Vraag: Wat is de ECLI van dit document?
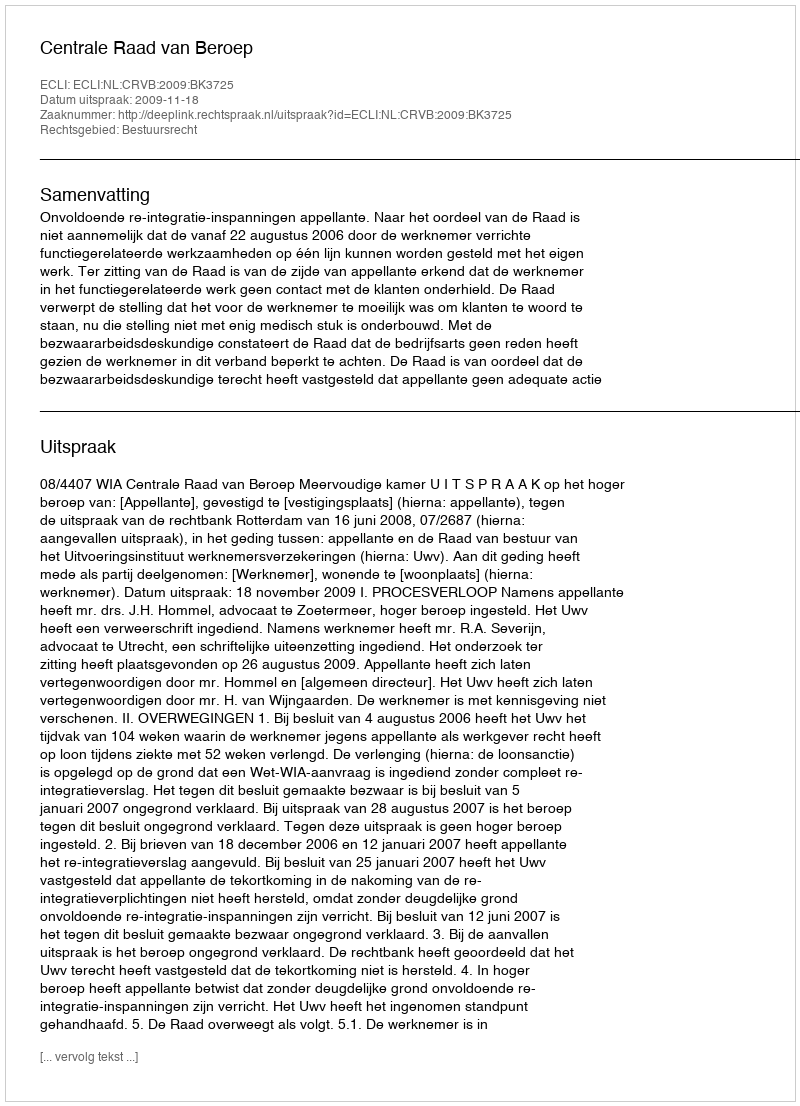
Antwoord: ECLI:NL:CRVB:2009:BK3725